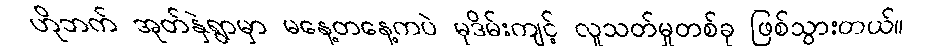
ဟိုဘက် အုတ်နှဲရွာမှာ မနေ့တနေ့ကပဲ မုဒိမ်းကျင့် လူသတ်မှုတစ်ခု ဖြစ်သွားတယ်။